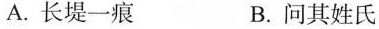
A.长堤一痕 B.问其姓氏